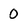
Character: 0